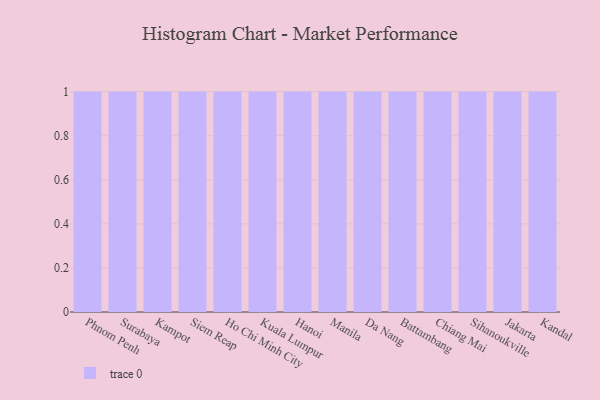
{"axis": {"x": "City", "y": "Demand Index"}, "legend": [""], "data": [{"x": "Phnom Penh", "y": 76, "type": ""}, {"x": "Surabaya", "y": 88, "type": ""}, {"x": "Kampot", "y": 55, "type": ""}, {"x": "Siem Reap", "y": 44, "type": ""}, {"x": "Ho Chi Minh City", "y": 26, "type": ""}, {"x": "Kuala Lumpur", "y": 67, "type": ""}, {"x": "Hanoi", "y": 18, "type": ""}, {"x": "Manila", "y": 32, "type": ""}, {"x": "Da Nang", "y": 5, "type": ""}, {"x": "Battambang", "y": 34, "type": ""}, {"x": "Chiang Mai", "y": 77, "type": ""}, {"x": "Sihanoukville", "y": 19, "type": ""}, {"x": "Jakarta", "y": 54, "type": ""}, {"x": "Kandal", "y": 82, "type": ""}]}